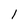
Character: l